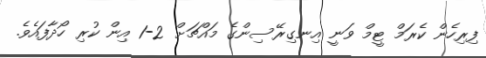
ފިރިހެން ކެރަމް ޓީމް ވަނީ އިނގިރޭސިންގެ މައްޗަށް 2-1 އިން ކުރި ހޯދާފައެވެ.